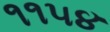
૧૧૫૪